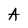
Character: A